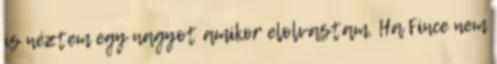
is néztem egy nagyot amikor elolvastam. Ha Fince nem